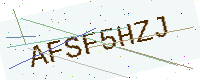
Text: AFSF5HZJ